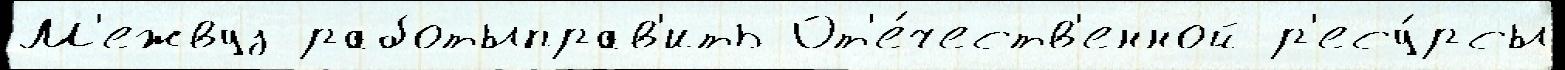
М'ежвуз работыправ'ить От'е́честв'енной р'есу́рсы